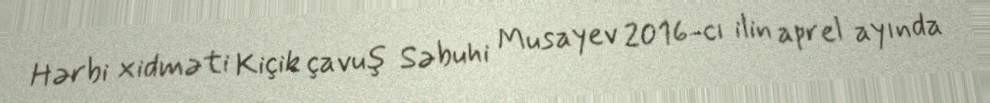
Hərbi xidməti Kiçik çavuş Səbuhi Musayev 2016-cı ilin aprel ayında